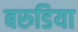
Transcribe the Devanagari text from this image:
बरुडिया